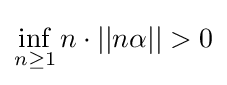
\inf _{n\geq 1}n\cdot ||n\alpha ||>0